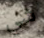
شي